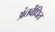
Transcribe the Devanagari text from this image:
अंतर्वेधित